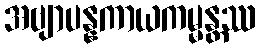
အဗျာပန္နကာယကမ္မန္တဿ